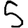
Digit: 5